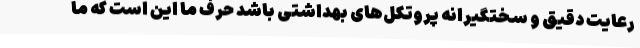
رعایت دقیق و سختگیرانه پروتکل‌های بهداشتی باشد حرف ما این است که ما